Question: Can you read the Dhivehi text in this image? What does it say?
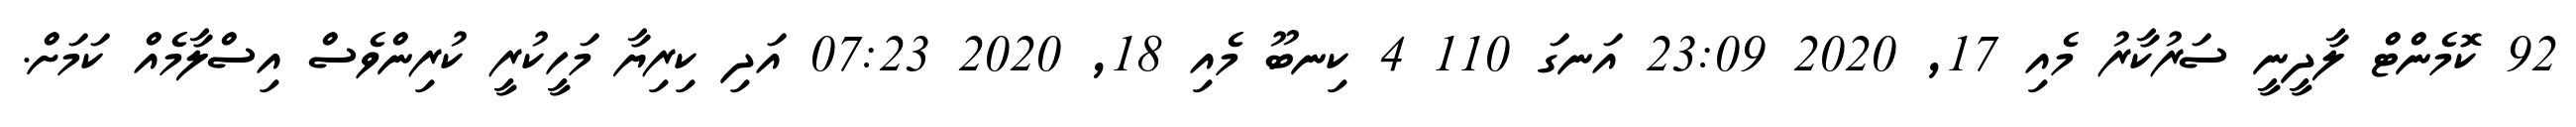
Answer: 92 ކޮމެންޓް ލާދީނީ ސަރުކާރު މެއި 17, 2020 23:09 އަނގަ 110 4 ކިނބޫ މެއި 18, 2020 07:23 އަދި ކިރިޔާ މަހީކުރީ ކުރިންވެސް އިސްލާމެއް ކަމަށް.